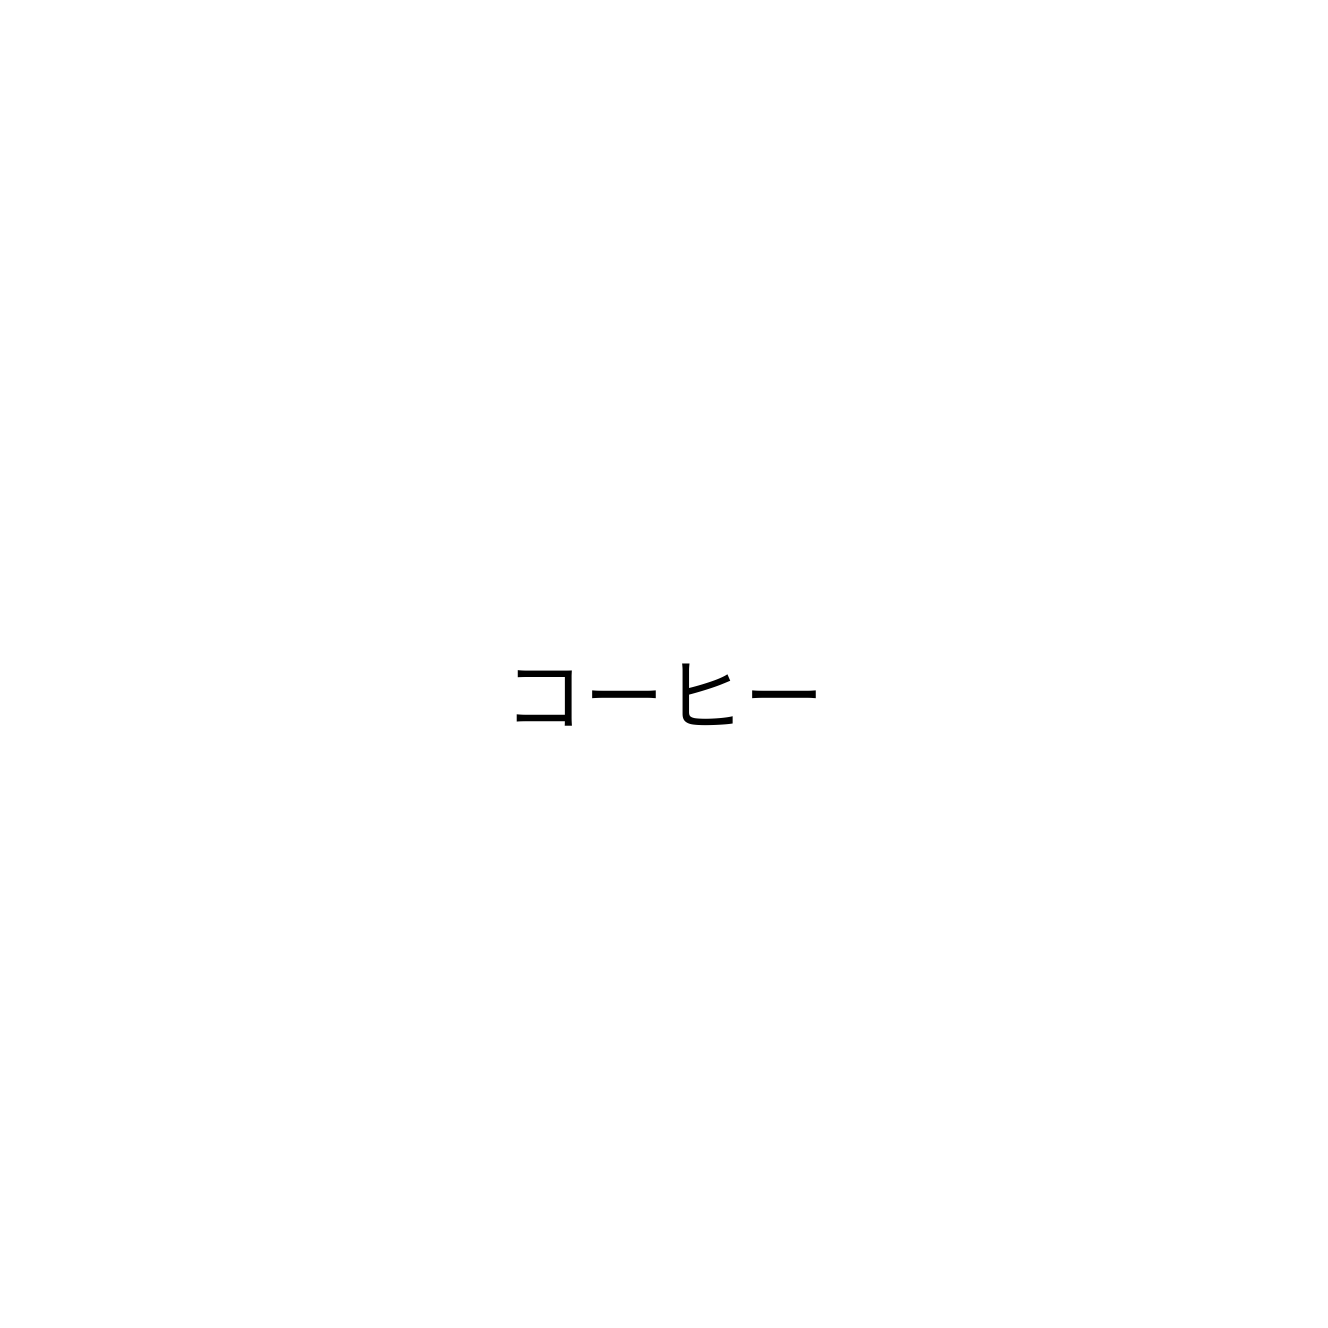
コーヒー